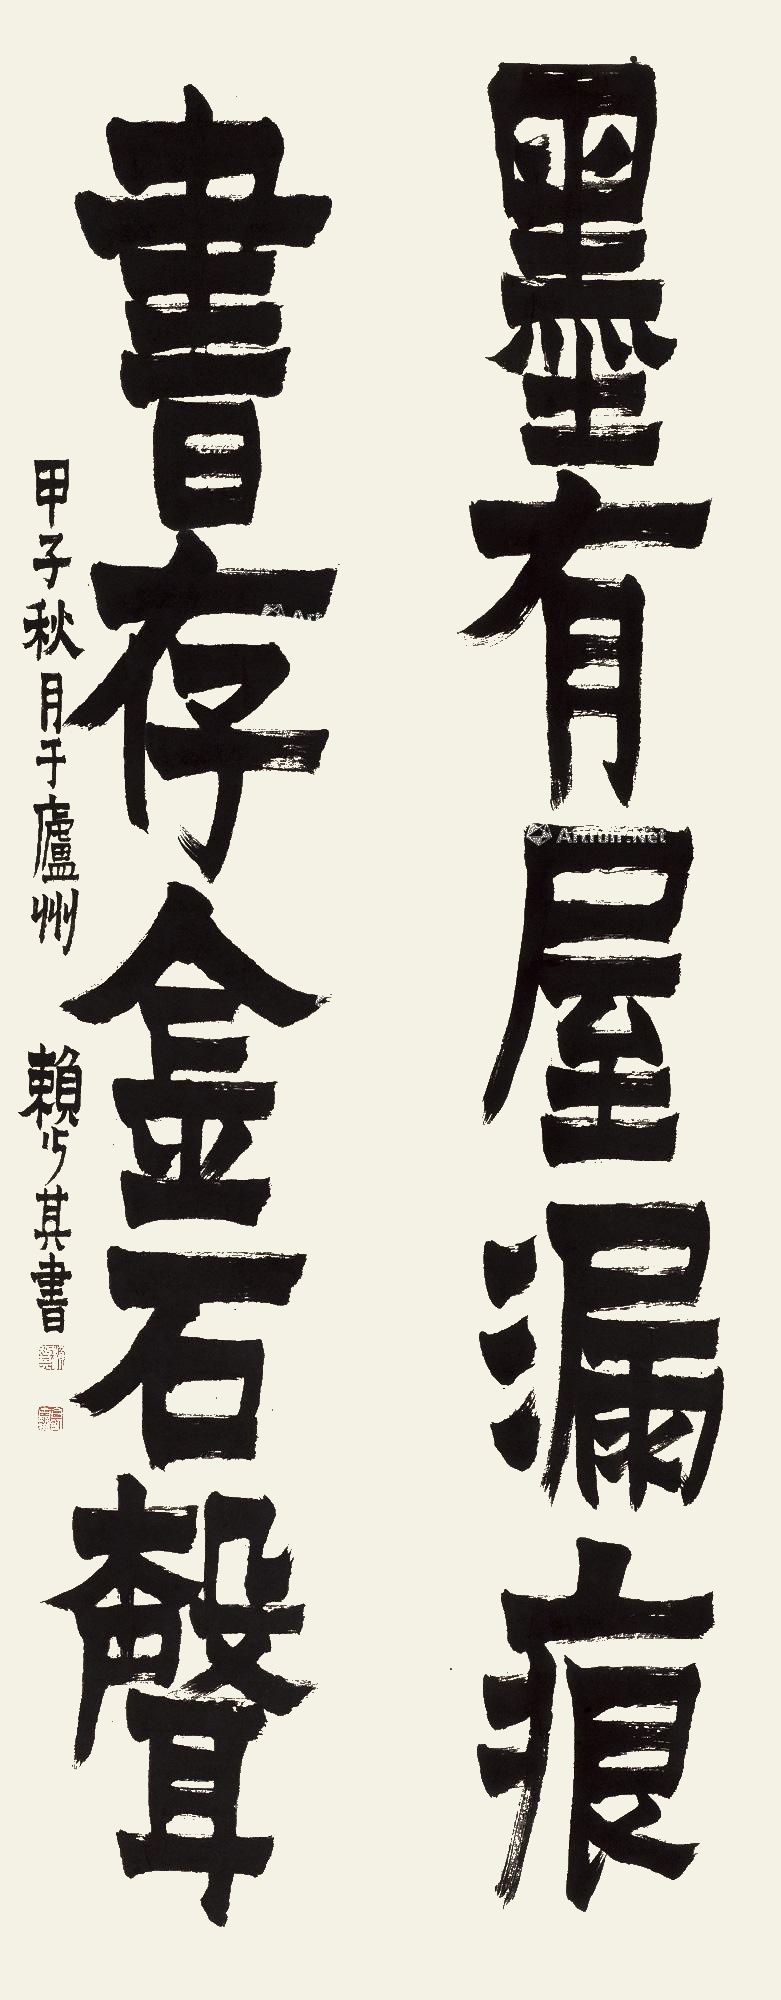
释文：墨有屋漏痕，书存金石声。甲子秋月于庐州，赖少其书。